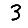
Digit: 3